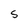
Character: S